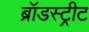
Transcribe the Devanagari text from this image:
ब्रॉडस्ट्रीट